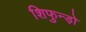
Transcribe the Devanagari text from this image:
शिफुन्ड़ो